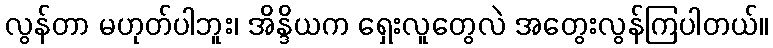
လွန်တာ မဟုတ်ပါဘူး၊ အိန္ဒိယက ရှေးလူတွေလဲ အတွေးလွန်ကြပါတယ်။